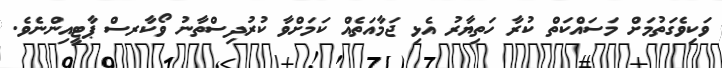
ވަކިވެގަތުމަށް މަސައްކަތް ކުރާ ހަތިޔާރު އެޅި ޖަމާއަތެއް ކަމަށްވާ ކުރުދިސްތާނު ވޯކާރސް ޕާޓީއިންނެވެ.